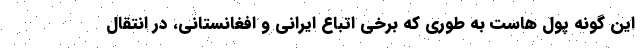
این گونه پول هاست به طوری که برخی اتباع ایرانی و افغانستانی، در انتقال